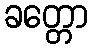
ခတ္တော